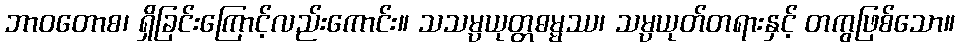
ဘာဝတောစ၊ ရှိခြင်းကြောင့်လည်းကောင်း။ သသမ္ပယုတ္တဓမ္မဿ၊ သမ္ပယုတ်တရားနှင့် တကွဖြစ်သော။